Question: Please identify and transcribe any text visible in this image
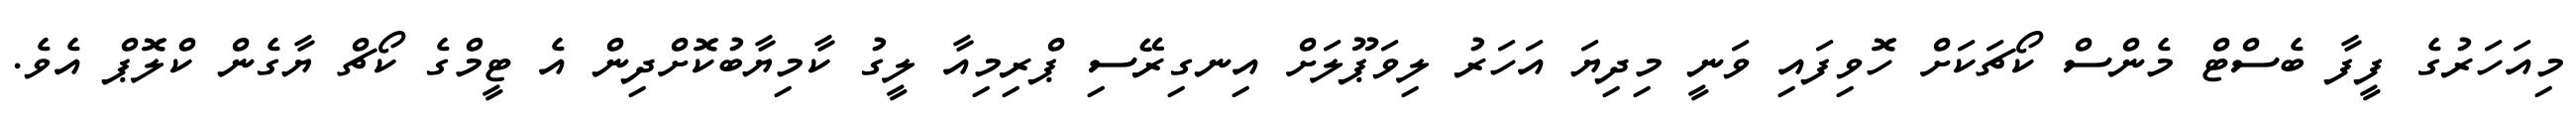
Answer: މިއަހަރުގެ ފީފާ ބެސްޓް މެންސް ކޯޗަކަށް ހޮވިފައި ވަނީ މިދިޔަ އަހަރު ލިވަޕޫލަށް އިނގިރޭސި ޕްރިމިއާ ލީގު ކާމިޔާބުކޮށްދިން އެ ޓީމްގެ ކޯޗް ޔާގެން ކްލޮޕް އެވެ.